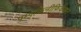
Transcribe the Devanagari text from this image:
पम्पकिनीफिकेशन